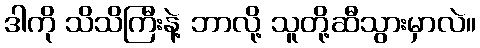
ဒါကို သိသိကြီးနဲ့ ဘာလို့ သူတို့ဆီသွားမှာလဲ။